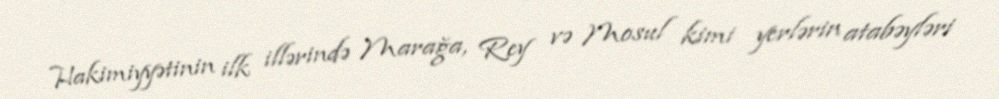
Hakimiyyətinin ilk illərində Marağa, Rey və Mosul kimi yerlərin atabəyləri